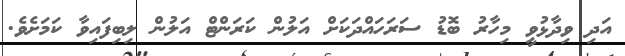
އަދި ވިދާޅުވީ މިހާރު ބޮޑު ސަރަހައްދަކަށް އަލުން ކަރަންޓް އަލުން ލިބިފައިވާ ކަމަށެވެ.